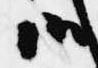
御